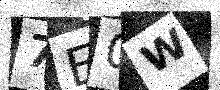
Text: 7E0W